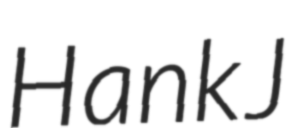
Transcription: Hank J